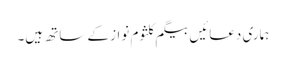
ہماری دعائیں بیگم کلثوم نواز کے ساتھ ہیں۔